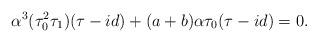
LaTeX: \begin{align*}\alpha^3 (\tau_0^2 \tau_1) (\tau - id) + (a+b) \alpha \tau_0 (\tau - id) = 0.\end{align*}